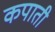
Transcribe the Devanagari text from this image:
कपाती